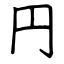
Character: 円